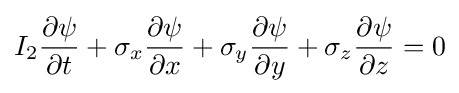
I_{2}{\frac {\partial \psi }{\partial t}}+\sigma _{x}{\frac {\partial \psi }{\partial x}}+\sigma _{y}{\frac {\partial \psi }{\partial y}}+\sigma _{z}{\frac {\partial \psi }{\partial z}}=0